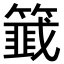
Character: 𬕵